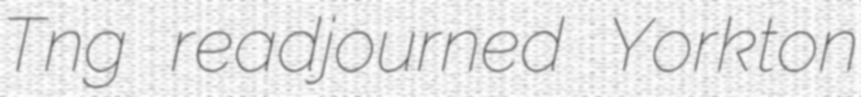
Tng readjourned Yorkton